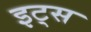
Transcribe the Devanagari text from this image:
इट्‍स